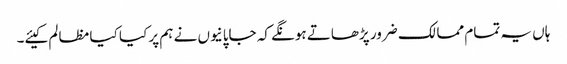
ہاں یہ تمام ممالک ضرور پڑھاتے ہونگے کہ جاپانیوں نے ہم پر کیا کیا مظالم کیئے۔